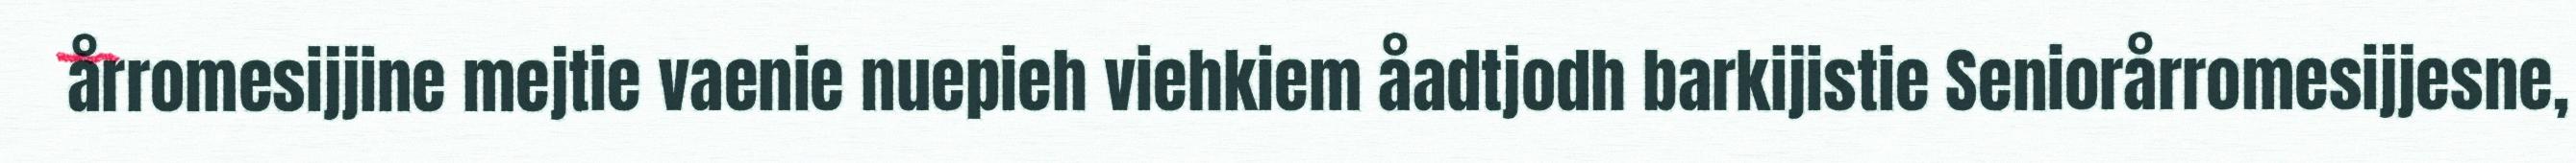
årromesijjine mejtie vaenie nuepieh viehkiem åadtjodh barkijistie Seniorårromesijjesne,